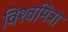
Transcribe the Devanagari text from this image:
विश्वमित्रा